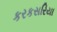
કરકસરિયા